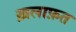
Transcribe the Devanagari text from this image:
ख़लाफ़त